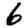
Digit: 6